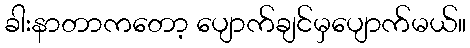
ခါးနာတာကတော့ ပျောက်ချင်မှပျောက်မယ်။